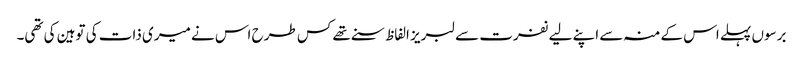
برسوں پہلے اس کے منہ سے اپنے لیے نفرت سے لبریز الفاظ سنے تھے کس طرح اس نے میری ذات کی توہین کی تھی۔